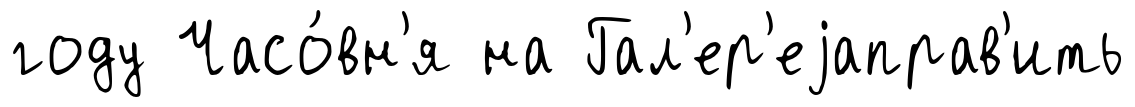
году Часо́вн'я на Гал'ер'еjаправ'ить